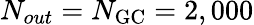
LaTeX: N_{out}=N_{\mathrm{GC}}=2,000